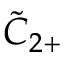
{ \tilde { C } } _ { 2 + }